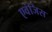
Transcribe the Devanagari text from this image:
एवंजिस